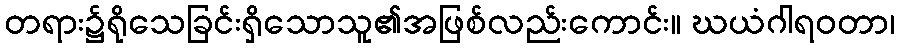
တရား၌ရိုသေခြင်းရှိသောသူ၏အဖြစ်လည်းကောင်း။ ဃယံဂါရဝတာ၊